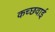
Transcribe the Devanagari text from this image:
कच्छवाई